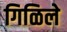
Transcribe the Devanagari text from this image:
गिळिले